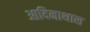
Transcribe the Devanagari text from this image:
आदिनाथास